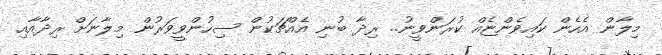
މިލާން އެހެން ކައިވެންޏެއް ކުރަންވީނު.. ރިދާ ބުނި އެއްޗަކުން ސިހުންވީވަރުން މިލާނަށް ރިދާއާއި